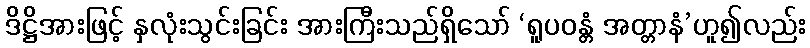
ဒိဋ္ဌိအားဖြင့် နှလုံးသွင်းခြင်း အားကြီးသည်ရှိသော် ‘ရူပဝန္တံ အတ္တာနံ’ဟူ၍လည်း